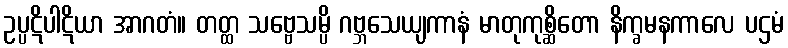
ဥပ္ပဋိပါဋိယာ အာဂတံ။ တတ္ထ သဗ္ဗေသမ္ပိ ဂဗ္ဘသေယျကာနံ မာတုကုစ္ဆိတော နိက္ခမနကာလေ ပဌမံ